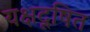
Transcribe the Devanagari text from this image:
यक्षदूषित